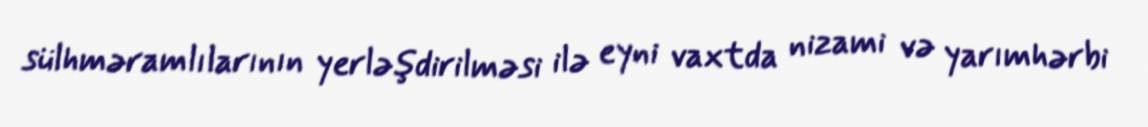
sülhməramlılarının yerləşdirilməsi ilə eyni vaxtda nizami və yarımhərbi